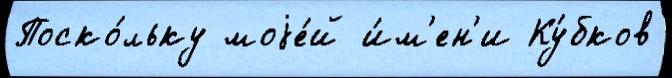
Поско́льку моjе́й и́м'ен'и Ку́бков